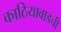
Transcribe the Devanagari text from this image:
काठियावाडची